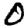
Digit: 0